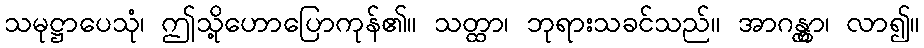
သမုဋ္ဌာပေသုံ၊ ဤသို့ဟောပြောကုန်၏။ သတ္ထာ၊ ဘုရားသခင်သည်။ အာဂန္တွာ၊ လာ၍။